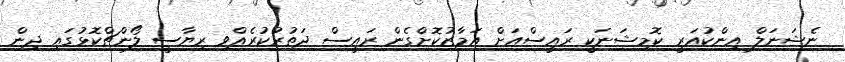
ނެޝަނަލް އިންކުއަރީ ކޮމިޝަނަކީ ރައީސްއަށް އަމާޒުކޮށްގެން ރައީސް ދަތުރުކުރެއްވި ރިޔާސީ ލޯންޗްކޮޅުގައި ދިން